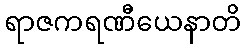
ရာဇကရဏီယေနာတိ